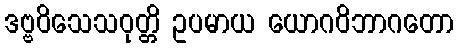
ဒဗ္ဗဝိသေသဝုတ္တိ ဥပမာယ ယောဂဝိဘာဂတော